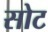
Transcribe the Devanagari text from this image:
सोट